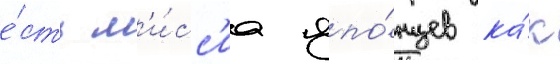
е́сть м'и́сс'иа япо́нцев ка́к